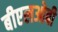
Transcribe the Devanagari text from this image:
बीएलओबी